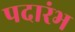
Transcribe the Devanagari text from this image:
पदारंभ